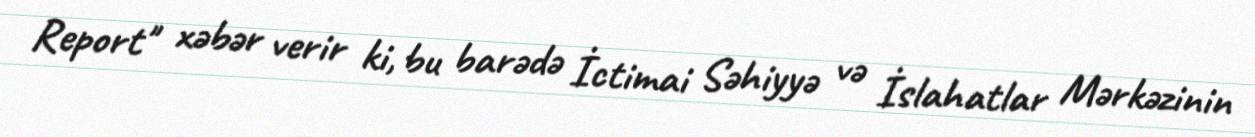
Report'' xəbər verir ki, bu barədə İctimai Səhiyyə və İslahatlar Mərkəzinin